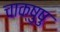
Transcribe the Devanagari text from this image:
चाक्षुषु